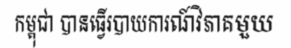
កម្ពុជា បានធ្វើរបាយការណ៍វិភាគមួយ